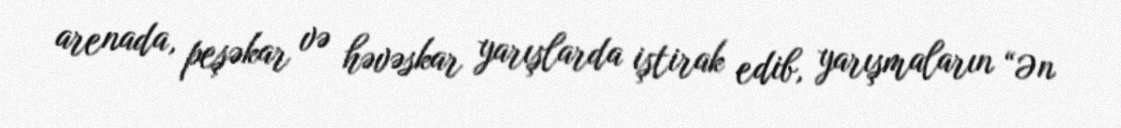
arenada, peşəkar və həvəskar yarışlarda iştirak edib, yarışmaların “Ən